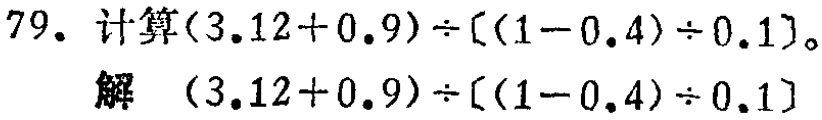
79. 计算\((3.12 + 0.9)\div[(1 - 0.4)\div0.1]\)。

解 \((3.12 + 0.9)\div[(1 - 0.4)\div0.1]\)